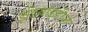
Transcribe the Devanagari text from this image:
ईडियाइडीज़